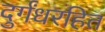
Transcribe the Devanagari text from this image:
दुर्गंधरहित